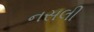
નસલી